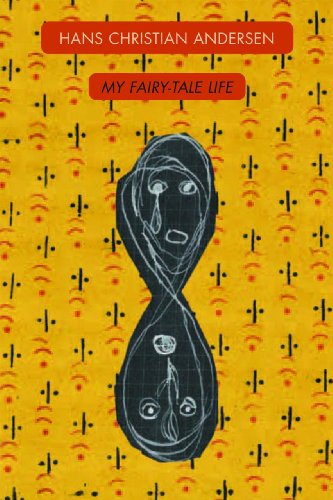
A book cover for My Fairy-Tale Life (Dark Masters); Hans Christian Andersen; Biographies & Memoirs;